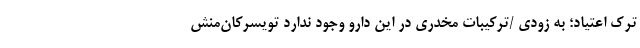
ترک اعتیاد؛ به زودی /ترکیبات مخدری در این دارو وجود ندارد تویسرکان‌منش